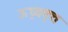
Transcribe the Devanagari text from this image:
ऊध्र्ववृत्त